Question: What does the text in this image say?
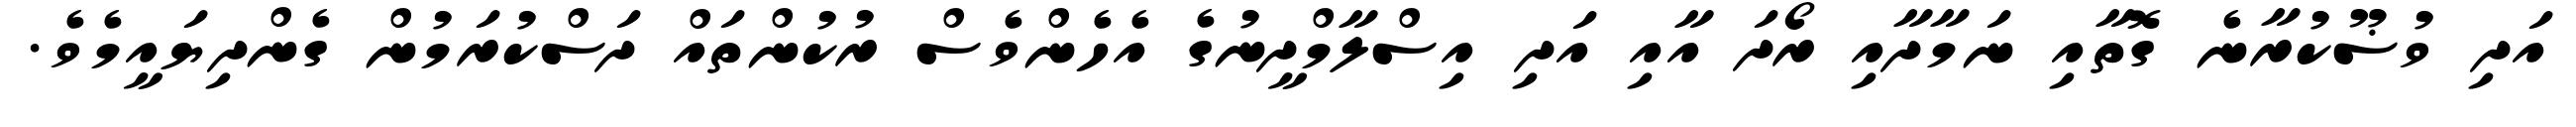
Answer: އަދި ވުޟޫކުރާނެ ގޮތާއި ނަމާދާއި ރޯދަ އާއި އަދި އިސްލާމްދީނުގެ އެހެންވެސް ރުކުންތައް ދަސްކުރަމުން ގެންދިޔައީމެވެ.